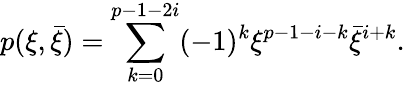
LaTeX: p(\xi,\bar{\xi})=\sum_{k=0}^{p-1-2i}(-1)^{k}\xi^{p-1-i-k}\bar{\xi}^{i+k}.